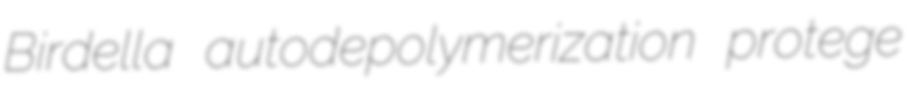
Birdella autodepolymerization protege